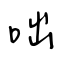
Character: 咄